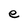
Character: e